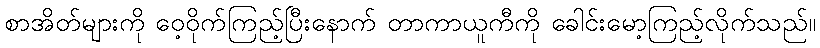
စာအိတ်များကို ဝေ့ဝိုက်ကြည့်ပြီးနောက် တာကာယူကီကို ခေါင်းမော့ကြည့်လိုက်သည်။